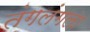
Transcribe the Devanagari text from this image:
तंगलंगला